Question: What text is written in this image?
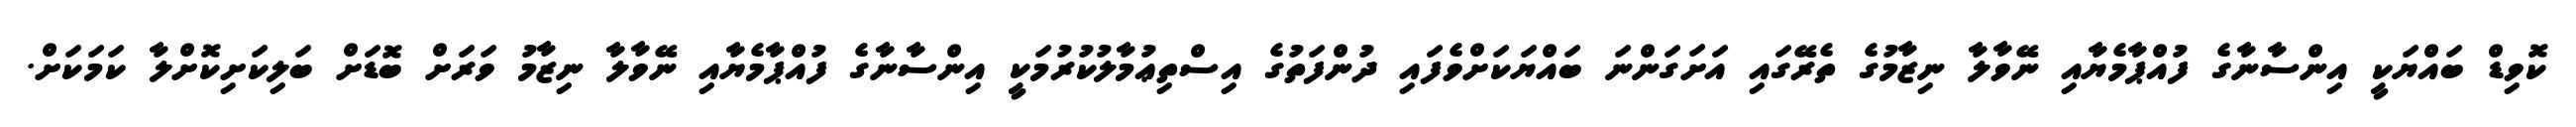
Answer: ކޮވިޑް ބައްޔަކީ އިންސާނާގެ ފުއްޕާމެޔާއި ނޭވާލާ ނިޒާމުގެ ތެރޭގައި އަށަގަންނަ ބައްޔަކަށްވެފައި ދުންފަތުގެ އިސްތިޢުމާލުކުރުމަކީ އިންސާނާގެ ފުއްޕާމެޔާއި ނޭވާލާ ނިޒާމު ވަރަށް ބޮޑަށް ބަލިކަށިކޮށްލާ ކަމަކަށް.